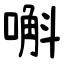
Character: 嘝